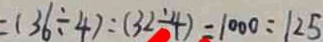
= ( 3 6 \div 4 ) : ( 3 2 \div 4 ) = 1 0 0 0 = 1 2 5